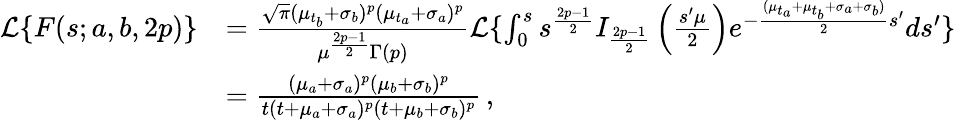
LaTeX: \begin{array}{rl}{\mathcal{L}\{ F(s;a,b,2p)\} }&{=\frac{\sqrt{\pi}(\mu_{t_{b}}+\sigma_{b})^{p}(\mu_{t_{a}}+\sigma_{a})^{p}}{\mu^{\frac{2p-1}{2}}\Gamma\left(p\right)}\mathcal{L}\{ \int_{0}^{s}s^{\frac{2p-1}{2}}I_{\frac{2p-1}{2}}\left(\frac{s^{\prime}\mu}{2}\right)e^{-\frac{(\mu_{t_{a}}+\mu_{t_{b}}+\sigma_{a}+\sigma_{b})}{2}s^{\prime}}ds^{\prime}\} }\\ &{=\frac{(\mu_{a}+\sigma_{a})^{p}(\mu_{b}+\sigma_{b})^{p}}{t(t+\mu_{a}+\sigma_{a})^{p}(t+\mu_{b}+\sigma_{b})^{p}}\, ,}\end{array}